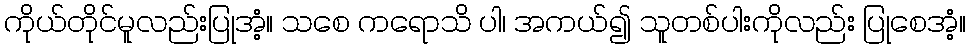
ကိုယ်တိုင်မူလည်းပြုအံ့။ သစေ ကရောသိ ပါ၊ အကယ်၍ သူတစ်ပါးကိုလည်း ပြုစေအံ့။